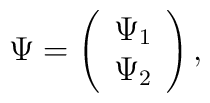
\Psi = \left( \begin{array}{c}               \Psi_{1} \\              \Psi_{2} \\              \end{array} \right),